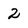
Character: 2